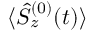
{ \langle \hat { S } _ { z } ^ { ( 0 ) } ( t ) \rangle }